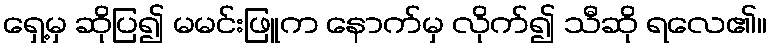
ရှေ့မှ ဆိုပြ၍ မမင်းဖြူက နောက်မှ လိုက်၍ သီဆို ရလေ၏။